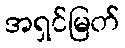
အရှင်မြတ်